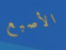
الأصبع